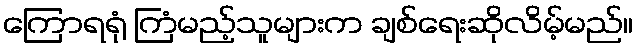
ကြောရရုံ ကြံမည့်သူများက ချစ်ရေးဆိုလိမ့်မည်။